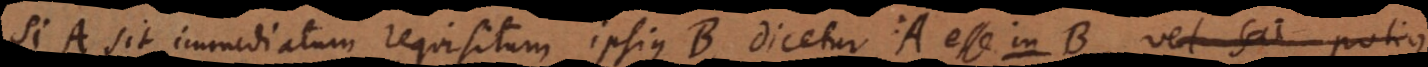
Si A sit immediatum requisitum ipsius B, dicetur A esse i n B,